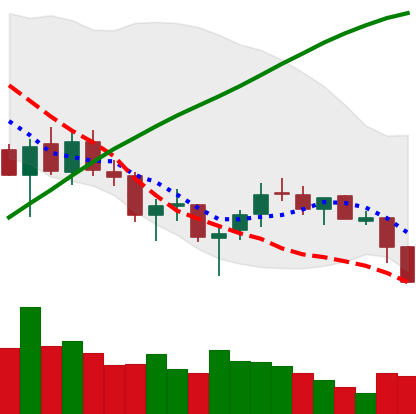
Ticker: LTC-USD
Chart end date: 2018-03-27
Forward return: -15.14%
Label: down_7plus